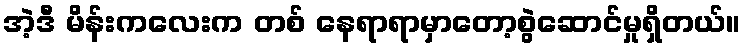
အဲ့ဒီ မိန်းကလေးက တစ် နေရာရာမှာတော့စွဲဆောင်မှုရှိတယ်။